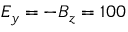
E _ { y } = - B _ { z } = 1 0 0